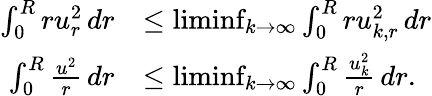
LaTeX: \begin{array}{rl}{\int_{0}^{R}ru_{r}^{2}\, dr}&{\le\operatorname*{liminf}_{k\to\infty}\int_{0}^{R}ru_{k,r}^{2}\, dr}\\ {\int_{0}^{R}\frac{u^{2}}{r}\, dr}&{\le\operatorname*{liminf}_{k\to\infty}\int_{0}^{R}\frac{u_{k}^{2}}{r}\, dr.}\end{array}